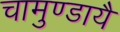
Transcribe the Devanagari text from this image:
चामुण्डायै